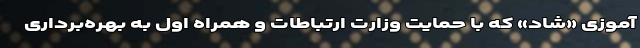
آموزی «شاد» که با حمایت وزارت ارتباطات و همراه اول به بهره‌برداری